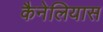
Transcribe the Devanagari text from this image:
कैनेलियास